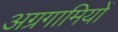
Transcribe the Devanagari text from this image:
अग्रगामियों